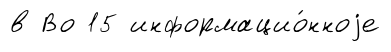
в Во 15 информацио́нноjе